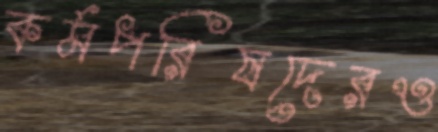
কর্মপরিষদেরও